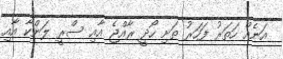
އަނެއް ހަތަރު ފަހަރު ތަށި ހޯދީ ރާއްޖެ އާއި ސްރީ ލަންކާ އާއި